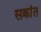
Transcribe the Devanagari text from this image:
सक्रांत